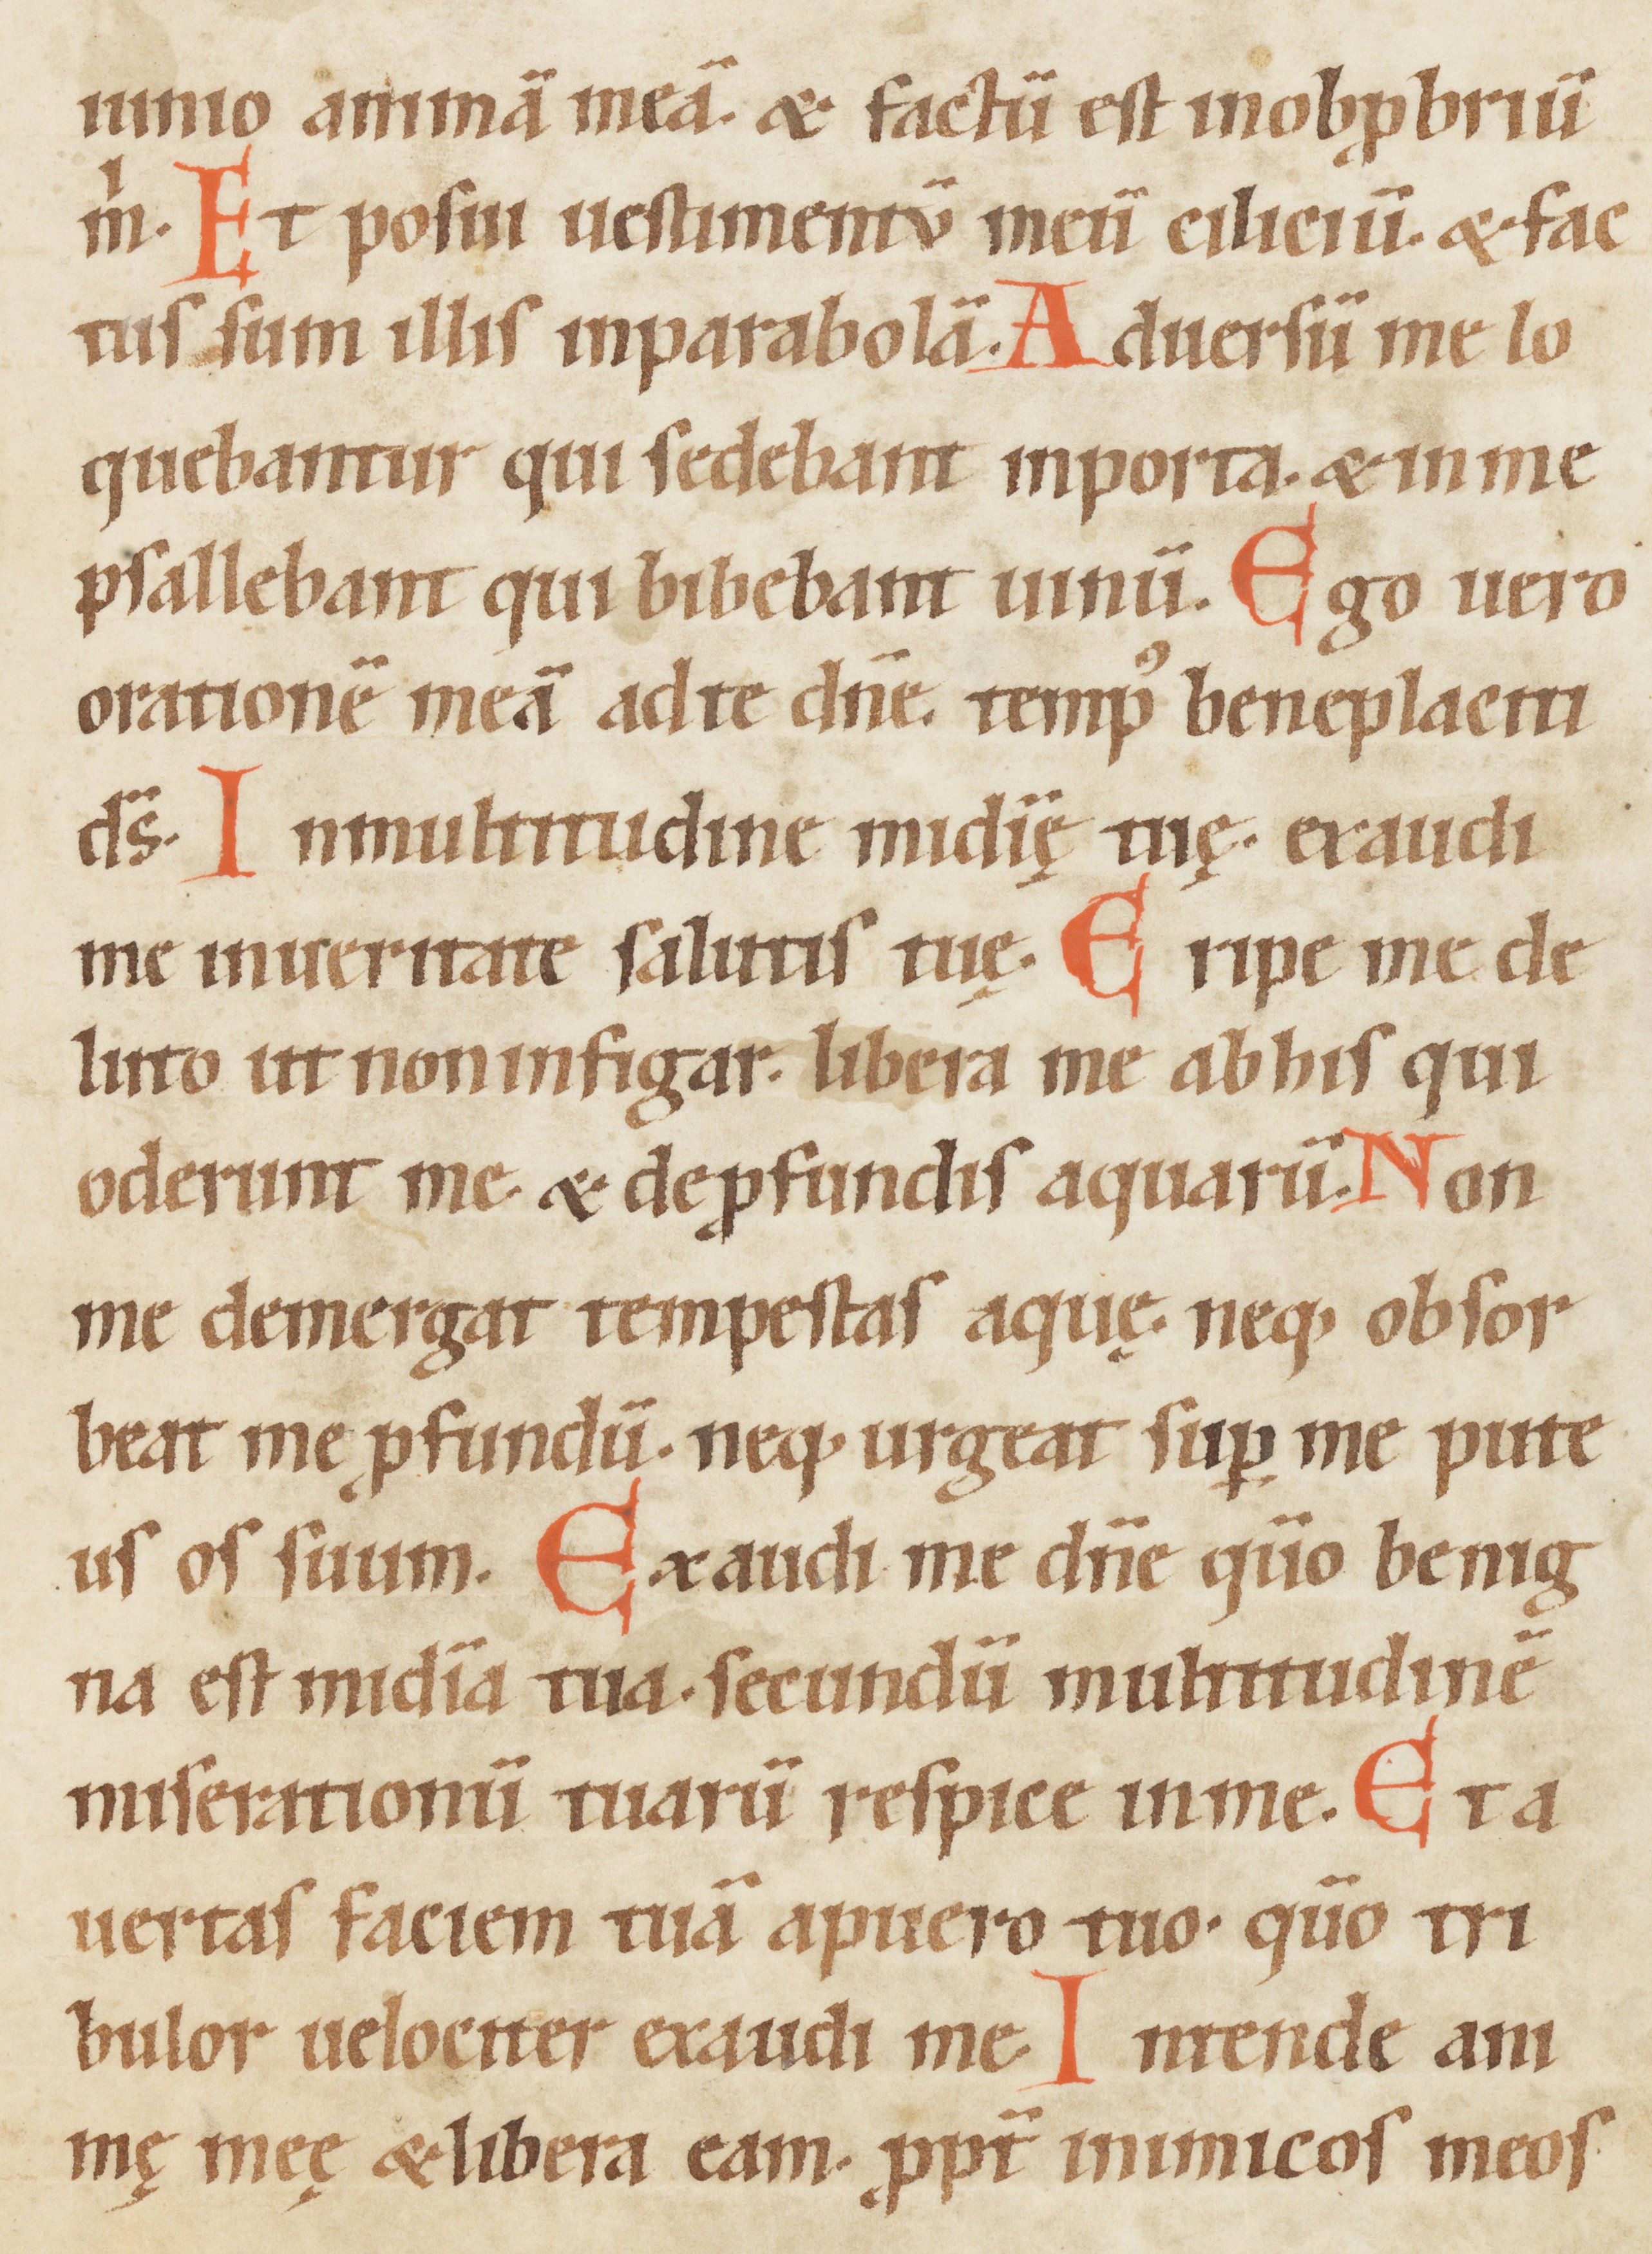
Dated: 1100–1199